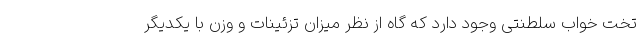
تخت‌ خواب سلطنتی وجود دارد که گاه از نظر میزان تزئینات و وزن با یکدیگر